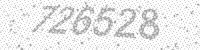
Solution: 726528